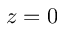
z = 0